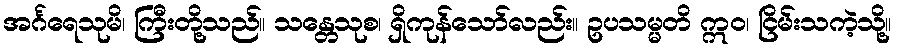
အင်္ဂရေသုမိ၊ ကြီးတို့သည်။ သန္တေသုစ၊ ရှိကုန်သော်လည်း။ ဥပသမ္မတိ ဣဝ၊ ငြိမ်းသကဲ့သို့။